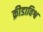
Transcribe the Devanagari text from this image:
क्रीडाविश्व